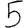
Digit: 5